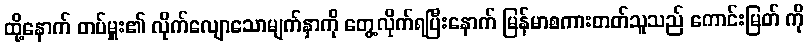
ထို့နောက် တပ်မှူး၏ လိုက်လျောသောမျက်နှာကို တွေ့လိုက်ရပြီးနောက် မြန်မာစကားတတ်သူသည် ကောင်းမြတ် ကို